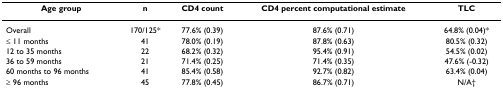
<table><thead><tr><td><b>Age group</b></td><td><b>n</b></td><td><b>CD4 count</b></td><td><b>CD4 percent computational estimate</b></td><td><b>TLC</b></td></tr></thead><tbody><tr><td>Overall</td><td>170/125*</td><td>77.6% (0.39)</td><td>87.6% (0.71)</td><td>64.8% (0.04)*</td></tr><tr><td>≤ 11 months</td><td>41</td><td>78.0% (0.19)</td><td>87.8% (0.63)</td><td>80.5% (0.32)</td></tr><tr><td>12 to 35 months</td><td>22</td><td>68.2% (0.32)</td><td>95.4% (0.91)</td><td>54.5% (0.02)</td></tr><tr><td>36 to 59 months</td><td>21</td><td>71.4% (0.25)</td><td>71.4% (0.35)</td><td>47.6% (-0.32)</td></tr><tr><td>60 months to 96 months</td><td>41</td><td>85.4% (0.58)</td><td>92.7% (0.82)</td><td>63.4% (0.04)</td></tr><tr><td>≥ 96 months</td><td>45</td><td>77.8% (0.45)</td><td>86.7% (0.71)</td><td>N/A†</td></tr></tbody></table>